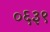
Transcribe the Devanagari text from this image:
०६३९